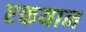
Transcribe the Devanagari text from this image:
एकयान